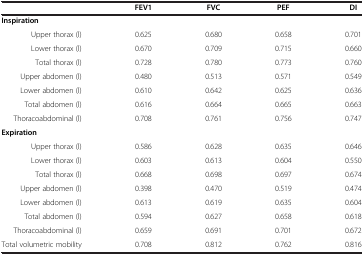
<table><thead><tr><td><b> </b></td><td><b>FEV1</b></td><td><b>FVC</b></td><td><b>PEF</b></td><td><b>DI</b></td></tr></thead><tbody><tr><td colspan="5"><b>Inspiration</b></td></tr><tr><td>Upper thorax (l)</td><td>0.625</td><td>0.680</td><td>0.658</td><td>0.701</td></tr><tr><td>Lower thorax (l)</td><td>0.670</td><td>0.709</td><td>0.715</td><td>0.660</td></tr><tr><td>Total thorax (l)</td><td>0.728</td><td>0.780</td><td>0.773</td><td>0.760</td></tr><tr><td>Upper abdomen (l)</td><td>0.480</td><td>0.513</td><td>0.571</td><td>0.549</td></tr><tr><td>Lower abdomen (l)</td><td>0.610</td><td>0.642</td><td>0.625</td><td>0.636</td></tr><tr><td>Total abdomen (l)</td><td>0.616</td><td>0.664</td><td>0.665</td><td>0.663</td></tr><tr><td>Thoracoabdominal (l)</td><td>0.708</td><td>0.761</td><td>0.756</td><td>0.747</td></tr><tr><td colspan="5"><b>Expiration</b></td></tr><tr><td>Upper thorax (l)</td><td>0.586</td><td>0.628</td><td>0.635</td><td>0.646</td></tr><tr><td>Lower thorax (l)</td><td>0.603</td><td>0.613</td><td>0.604</td><td>0.550</td></tr><tr><td>Total thorax (l)</td><td>0.668</td><td>0.698</td><td>0.697</td><td>0.674</td></tr><tr><td>Upper abdomen (l)</td><td>0.398</td><td>0.470</td><td>0.519</td><td>0.474</td></tr><tr><td>Lower abdomen (l)</td><td>0.613</td><td>0.619</td><td>0.635</td><td>0.604</td></tr><tr><td>Total abdomen (l)</td><td>0.594</td><td>0.627</td><td>0.658</td><td>0.618</td></tr><tr><td>Thoracoabdominal (l)</td><td>0.659</td><td>0.691</td><td>0.701</td><td>0.672</td></tr><tr><td>Total volumetric mobility</td><td>0.708</td><td>0.812</td><td>0.762</td><td>0.816</td></tr></tbody></table>